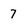
Character: 7